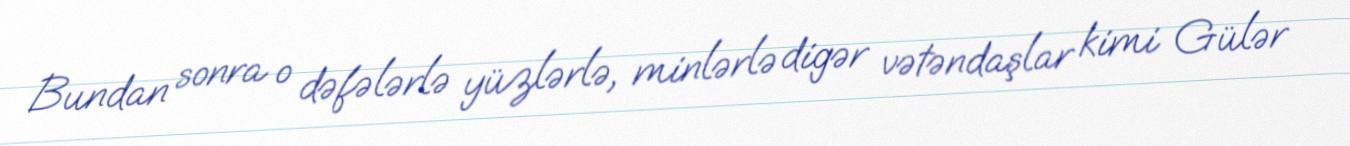
Bundan sonra o dəfələrlə yüzlərlə, minlərlə digər vətəndaşlar kimi Gülər